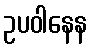
ဥပဝါနေန